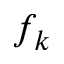
f _ { k }